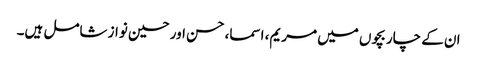
ان کے چار بچوں میں مریم، اسما، حسن اور حسین نواز شامل ہیں۔